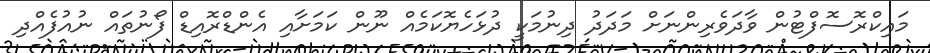
މައިކްރޮސޮފްޓުން ވާދަވެރިންނަށް މަދަދު ދިނުމަކީ ދުޅަހެޔޮކަމެއް ނޫން ކަމަށާއި އެންޑްރޮއިޑް ފޯނުތައް ނުއުފެއްދި